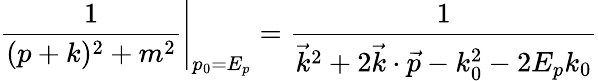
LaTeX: \left.{\frac{1}{(p+k)^{2}+m^{2}}}\right|_{p_{0}=E_{p}}={\frac{1}{\vec{k}^{2}+2\vec{k}\cdot\vec{p}-k_{0}^{2}-2E_{p}k_{0}}}